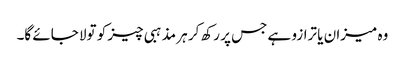
وہ میزان یا ترازو ہے جس پر رکھ کر ہر مذہبی چیز کو تولا جائے گا۔